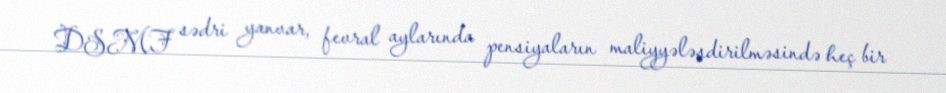
DSMF sədri yanvar, fevral aylarında pensiyaların maliyyələşdirilməsində heç bir